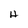
Character: H